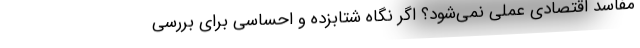
مفاسد اقتصادی عملی نمی‌شود؟ اگر نگاه شتابزده و احساسی برای بررسی